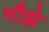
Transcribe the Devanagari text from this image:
मौझे